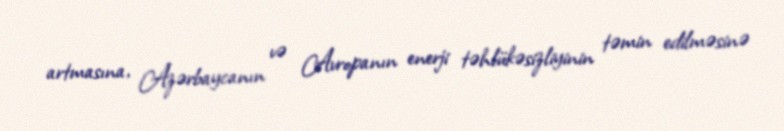
artmasına, Azərbaycanın və Avropanın enerji təhlükəsizliyinin təmin edilməsinə